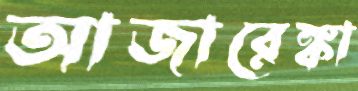
আজারেঙ্কা